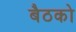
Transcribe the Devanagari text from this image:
बैठको